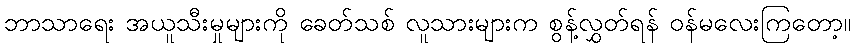
ဘာသာရေး အယူသီးမှုများကို ခေတ်သစ် လူသားများက စွန့်လွှတ်ရန် ဝန်မလေးကြတော့။